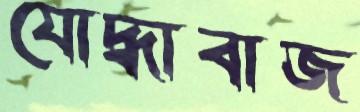
যোদ্ধাবাজ